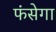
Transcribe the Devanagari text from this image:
फंसेगा